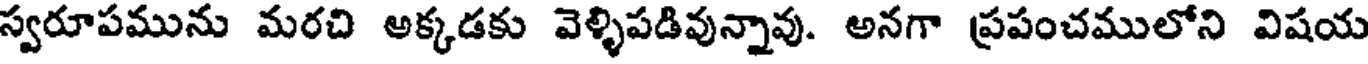
స్వరూపమును మరచి అక్కడకు వెళ్ళిపడివున్నావు. అనగా ప్రపంచములోని విషయ